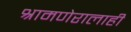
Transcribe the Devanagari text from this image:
श्रामणेरालाही